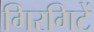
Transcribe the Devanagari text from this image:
गिरगिटें